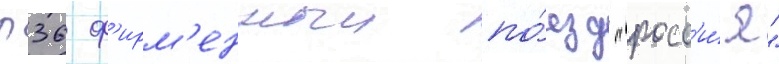
п36 ф'ирм'енныи по́езд "росс'и́я"